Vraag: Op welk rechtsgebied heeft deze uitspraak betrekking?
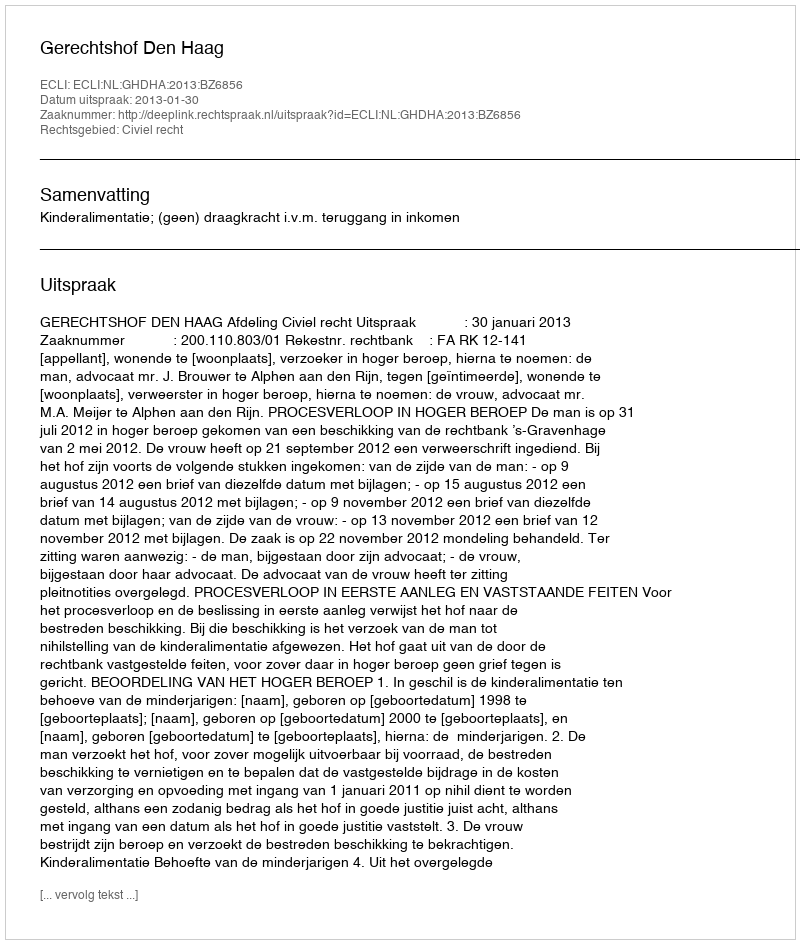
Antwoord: Civiel recht